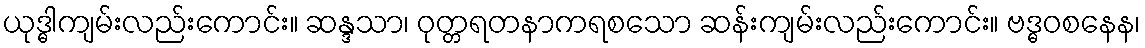
ယုဒ္ဓါကျမ်းလည်းကောင်း။ ဆန္ဒသာ၊ ဝုတ္တရတနာကရစသော ဆန်းကျမ်းလည်းကောင်း။ ဗဒ္ဓဝစနေန၊